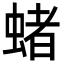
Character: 蝫